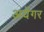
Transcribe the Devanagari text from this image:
अयेंगर